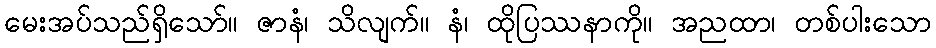
မေးအပ်သည်ရှိသော်။ ဇာနံ၊ သိလျက်။ နံ၊ ထိုပြဿနာကို။ အညထာ၊ တစ်ပါးသော